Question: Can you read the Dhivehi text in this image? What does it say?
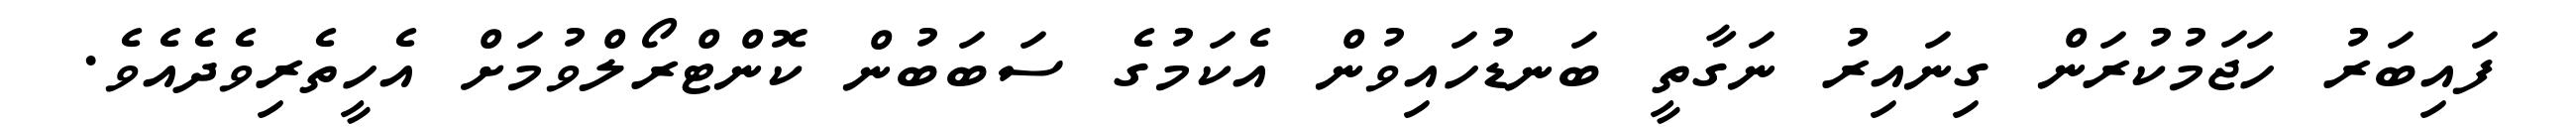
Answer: ފައިބަރު ހަޖަމުކުރަން ގިނައިރު ނަގާތީ ބަނޑުހައިވުން އެކަމުގެ ސަބަބުން ކޮންޓްރޯލްވުމަށް އެހީތެރިވެދެއެވެ.